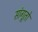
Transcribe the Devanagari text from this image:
सांगूतो